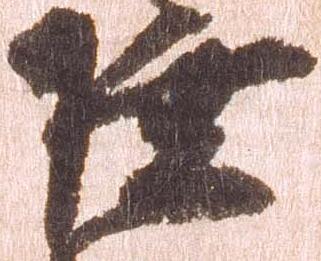
陸